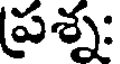
ప్రశ్న: